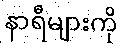
နာရီများကို